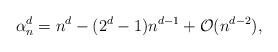
LaTeX: \begin{align*}\alpha_n^d = n^d - (2^d-1)n^{d-1} + \mathcal{O}(n^{d-2}),\end{align*}